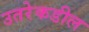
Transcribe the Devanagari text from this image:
उतरेकडील